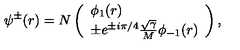
\psi ^ { \pm } ( r ) = N \left( \begin{array} { l } { \phi _ { 1 } ( r ) } \\ { \pm e ^ { \pm i \pi / 4 } \frac { \sqrt { \gamma } } { M } \phi _ { - 1 } ( r ) } \\ \end{array} \right) ,